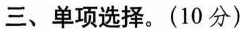
三、单项选择.(10 分)